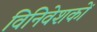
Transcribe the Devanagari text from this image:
विनिवेशकों